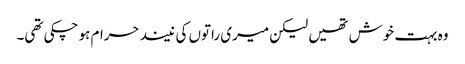
وہ بہت خوش تھیں لیکن میری راتوں کی نیند حرام ہو چکی تھی۔